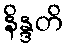
နိန္ဒတိ